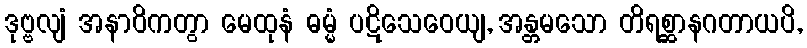
ဒုဗ္ဗလျံ အနာဝိကတွာ မေထုနံ ဓမ္မံ ပဋိသေဝေယျ, အန္တမသော တိရစ္ဆာနဂတာယပိ,